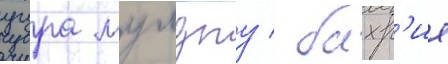
угура мумджу / бахр'ие